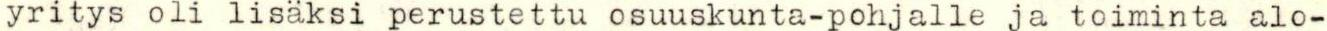
yritys oli lisäksi perustettu osuuskunta-pohjalle ja toiminta alo-